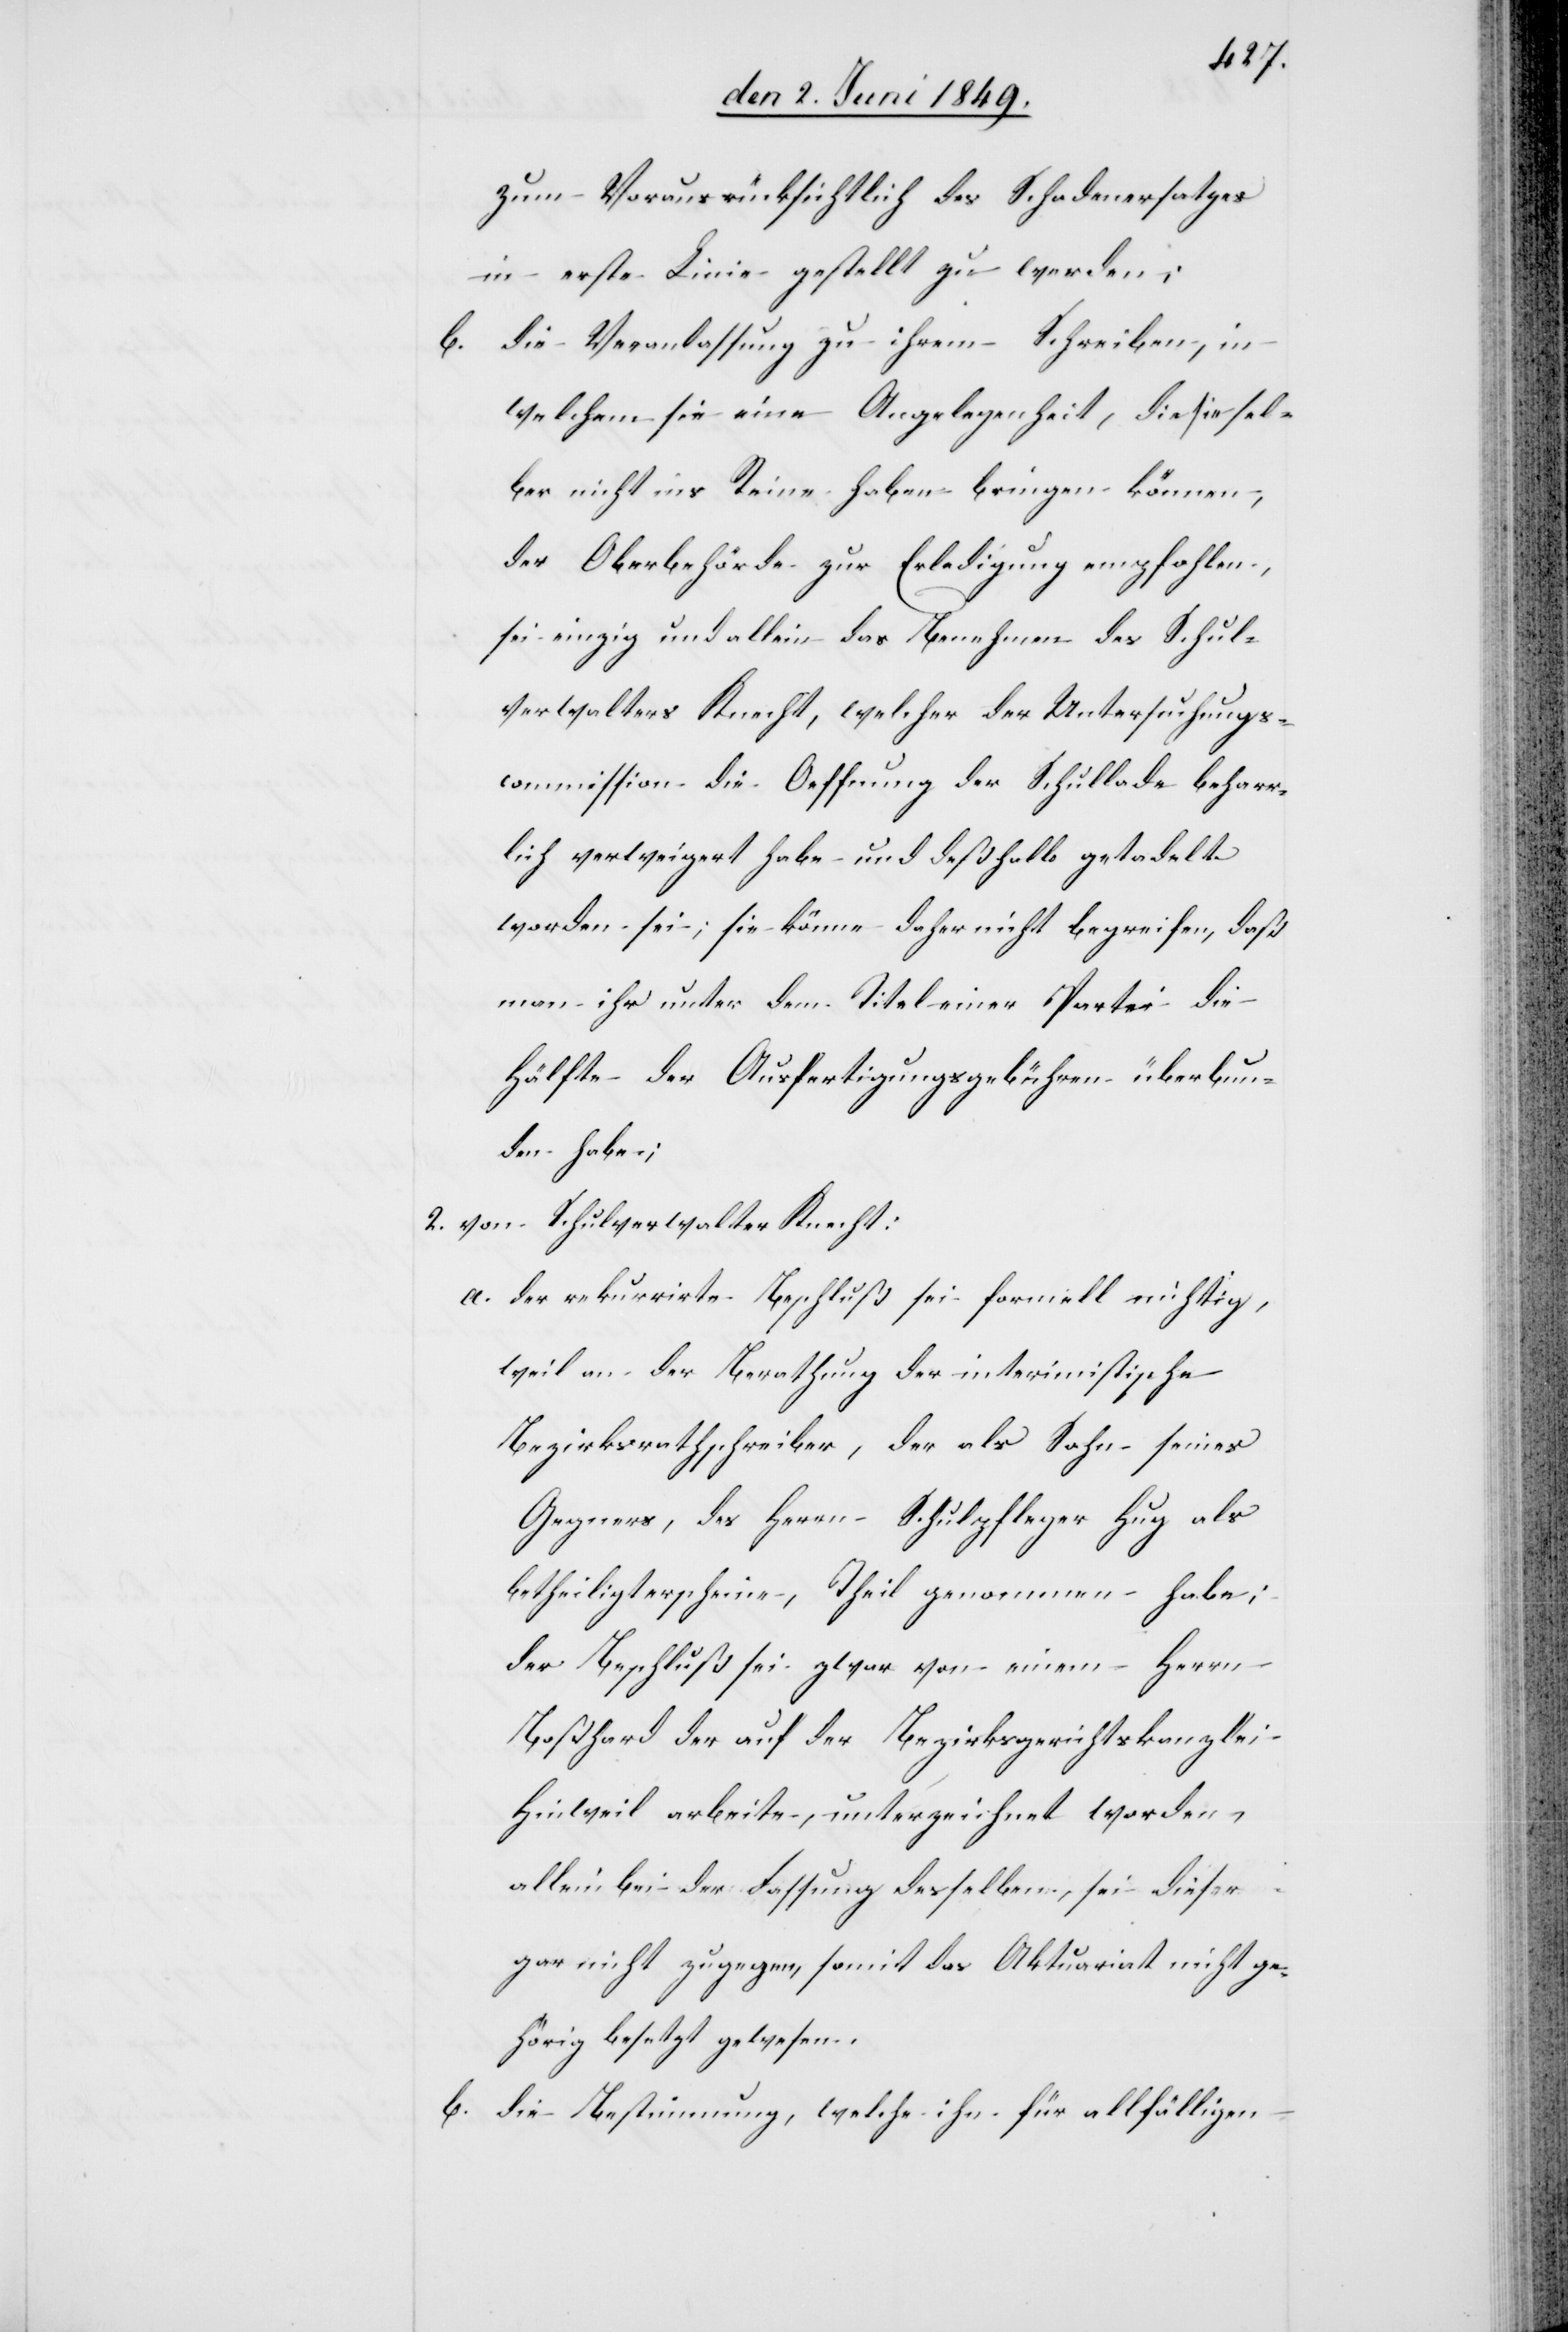
zum Voraus rücksichtlich dieses Schadenersatzes
in erste Linie gestellt zu werden;
b. die Veranlassung zu ihrem Schreiben, in
welchem sie eine Angelegenheit, die sie sel¬
ber nicht ins Reine haben bringen können,
der Oberbehörde zur Erledigung empfohlen,
sei einzig und allein das Benehmen des Schul¬
verwalters Knecht, welcher der Untersuchungs¬
commission die Oeffnung der Schullade beharr¬
lich verweigert habe und deßhalb getadelt
worden sei; sie könne daher nicht begreifen, daß
man ihr unter dem Titel einer Partei die
Hälfte der Ausfertigungsgebühren überbun¬
den habe;
2. von Schulverwalter Knecht:
a. der rekurrirte Beschluß sei formell richtig,
weil an der Berathung der interimistische
Bezirksrathschreiber, der als Sohn seines
Gegners, des Herrn Schulpfleger Hug als
betheiligt erscheine, Theil genommen habe;
der Beschluß sei zwar von einem Herrn
Boßhard der auf der Bezirksgerichtskanzlei
Hinweil arbeite, unterzeichnet worden,
allein bei der Fassung desselben, sei dieser
gar nicht zugegen, somit das Aktuariat nicht ge¬
hörig besetzt gewesen.
b. die Bestimmung, welche ihn für allfälligen